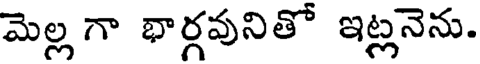
మెల్ల గా భార్గవునితో ఇట్లనెను.